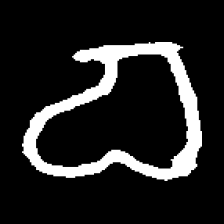
Pyu character \u2014 Myanmar letter: စ (romanized: ca)